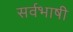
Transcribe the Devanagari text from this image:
सर्वभाषी